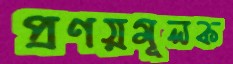
প্রণয়মূলক